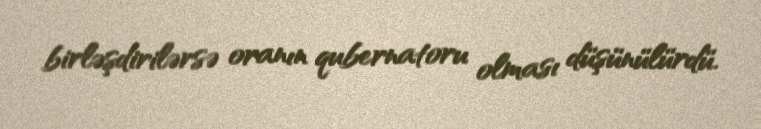
birləşdirilərsə oranın qubernatoru olması düşünülürdü.